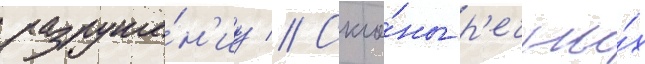
разруше́н'иу // Скло́ны р'ечны́х